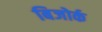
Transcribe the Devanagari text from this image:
बिजोर्क